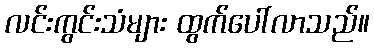
လင်းကွင်းသံများ ထွက်ပေါ်လာသည်။